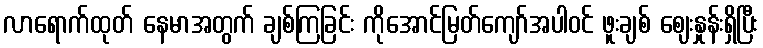
လာရောက်ထုတ် နေမာအတွက် ချစ်ကြခြင်း ကိုအောင်မြတ်ကျော်အပါဝင် ဖူးချစ် ဈေးနှုန်းရှိပြီး